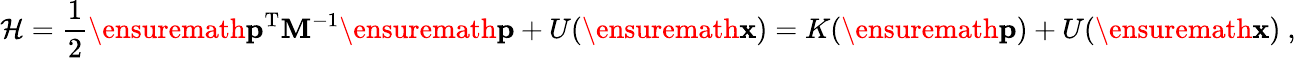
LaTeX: \mathcal{H}=\frac{1}{2}\ensuremath{\mathbf{p}}^{\mathrm{T}}\mathbf{M}^{-1}\ensuremath{\mathbf{p}}+U(\ensuremath{\mathbf{x}})=K(\ensuremath{\mathbf{p}})+U(\ensuremath{\mathbf{x}})\ ,